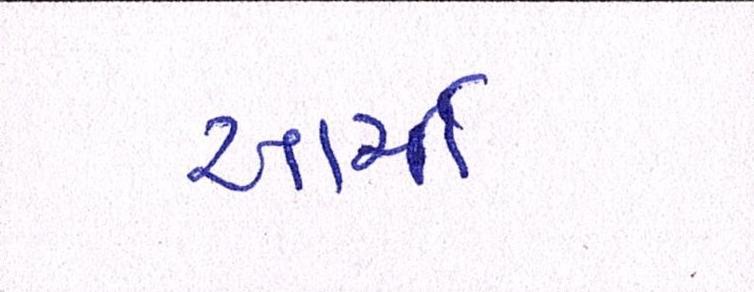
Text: આર્મી